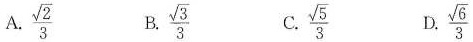
A. \frac{ \sqrt{2}}{3} B. \frac{ \sqrt{3}}{3} C. \frac{ \sqrt{5}}{3} D. \frac{ \sqrt{6}}{3}